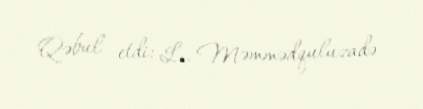
Qəbul etdi: L. Məmmədquluzadə